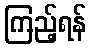
ကြည့်ရန်